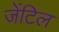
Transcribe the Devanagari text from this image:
जेंटिल